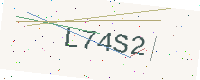
Text: L74S2